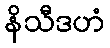
နိသီဒဟံ